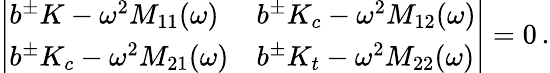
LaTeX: \left|\begin{array}{ll}{b^{\pm}K-\omega^{2}M_{11}(\omega)}&{b^{\pm}K_{c}-\omega^{2}M_{12}(\omega)}\\ {b^{\pm}K_{c}-\omega^{2}M_{21}(\omega)}&{b^{\pm}K_{t}-\omega^{2}M_{22}(\omega)}\end{array}\right|=0\, .